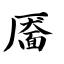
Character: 靥